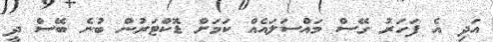
އަދި އެ ފަހަރު ގޭސް މައްސަލައެއް ކަމަށް ޑޮކްޓަރުން ބުނެ ބޭސް ދީ